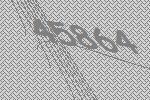
45864